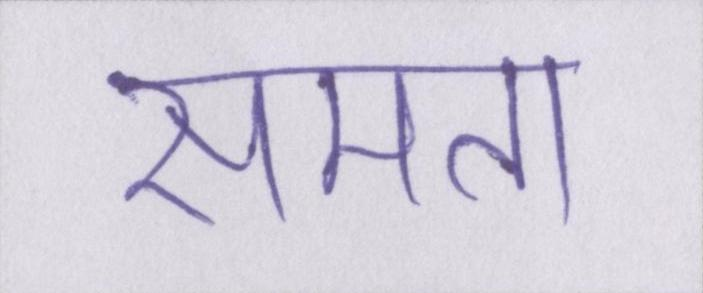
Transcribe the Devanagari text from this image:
समता